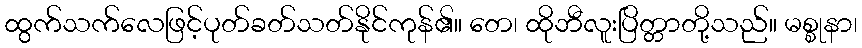
ထွက်သက်လေဖြင့်ပုတ်ခတ်သတ်နိုင်ကုန်၏။ တေ၊ ထိုဘီလူးပြိတ္တာတို့သည်။ မစ္စုနာ၊